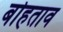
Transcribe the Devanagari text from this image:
बोहताव